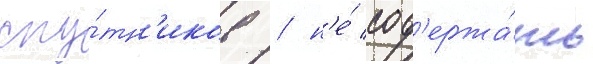
спу́тн'иков / н'е́ сод'ержа́ть